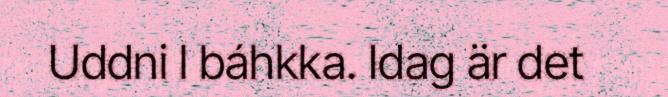
Uddni l báhkka. Idag är det